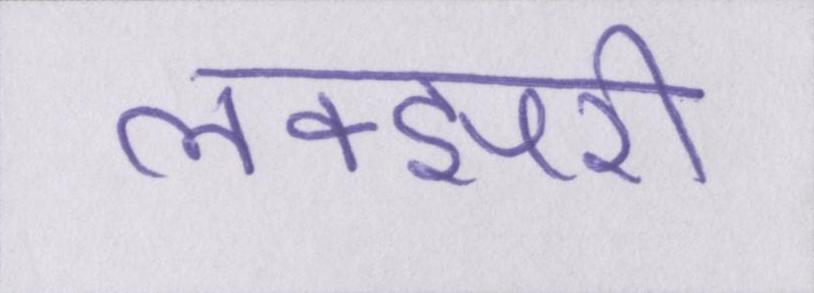
लक्झरी